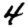
Digit: 4